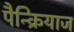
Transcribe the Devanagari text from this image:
पैन्क्रियाज